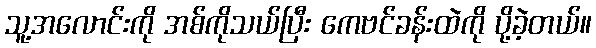
သူ့အလောင်းကို အစ်ကိုသယ်ပြီး ကေဗင်ခန်းထဲကို ပို့ခဲ့တယ်။